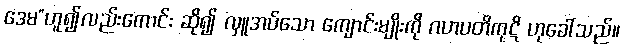
ဒေမ”ဟူ၍လည်းကောင်း ဆို၍ လှူအပ်သော ကျောင်းမျိုးကို ဂဟပတိကုဋိ ဟုခေါ်သည်။